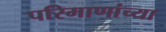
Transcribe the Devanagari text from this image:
परिमाणांच्या